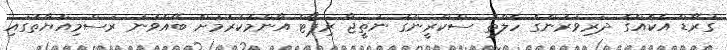
ގުރޭޑް އެކެއްގެ ދަރިވަރުންގެ ހެލްތު ސްކްރީންގެ ނަތީޖާ ރިޕޯޓް އާންމުކުރުމަށް ބޭއްވުނު ރަސްމިއްޔާތުގައި